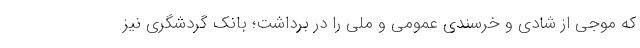
که موجی از شادی و خرسندی عمومی و ملی را در برداشت؛ بانک گردشگری نیز